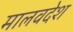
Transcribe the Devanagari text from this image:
मालवदेश